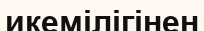
икемілігінен